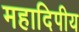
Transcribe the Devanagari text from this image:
महादिपीय